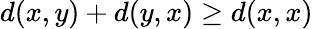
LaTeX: d(x,y)+d(y,x)\geq d(x,x)